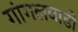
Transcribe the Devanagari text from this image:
गांगलवाडी